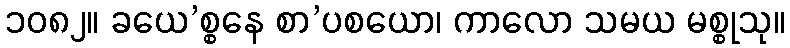
၁၀၈၂။ ခယေ’စ္စနေ စာ’ပစယော၊ ကာလော သမယ မစ္စုသု။